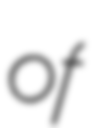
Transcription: of